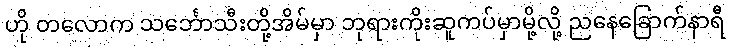
ဟို တလောက သင်္ဘောသီးတို့အိမ်မှာ ဘုရားကိုးဆူကပ်မှာမို့လို့ ညနေခြောက်နာရီ